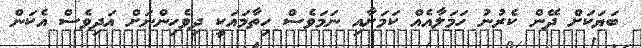
ބަޔަކަށް ދޭން ކެރުނު ހަމަލާއެއް ކަމަށާއި ނަމަވެސް ހިތާމައަކީ ދިވެހިންނަށް އަދިވެސް އެކަން